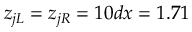
z _ { j L } = z _ { j R } = 1 0 d x = 1 . 7 1